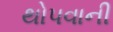
થોપવાની